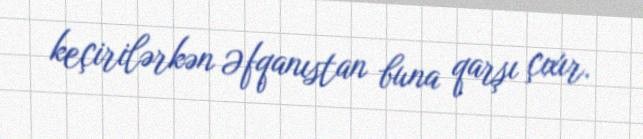
keçirilərkən Əfqanıstan buna qarşı çıxır.